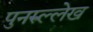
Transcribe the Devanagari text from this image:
पुनरुल्लेख